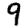
Digit: 9